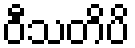
ဝီသတိပိ